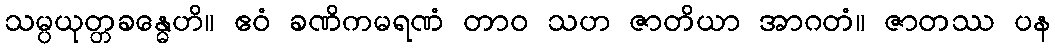
သမ္ပယုတ္တခန္ဓေဟိ။ ဧဝံ ခဏိကမရဏံ တာဝ သဟ ဇာတိယာ အာဂတံ။ ဇာတဿ ပန